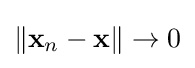
\|\mathbf {x} _{n}-\mathbf {x} \|\rightarrow 0